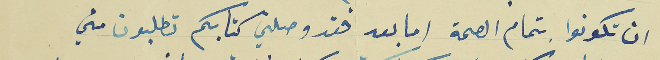
ان تكونوا بتمام الصحة اما بعد فقد وصلني كتابكم تطلبون مني